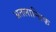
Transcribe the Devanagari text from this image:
अतलान्तिक